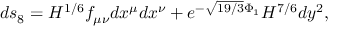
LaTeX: d s _ { 8 } = H ^ { 1 / 6 } f _ { \mu \nu } d x ^ { \mu } d x ^ { \nu } + e ^ { - \sqrt { 1 9 / 3 } \Phi _ { 1 } } H ^ { 7 / 6 } d y ^ { 2 } ,